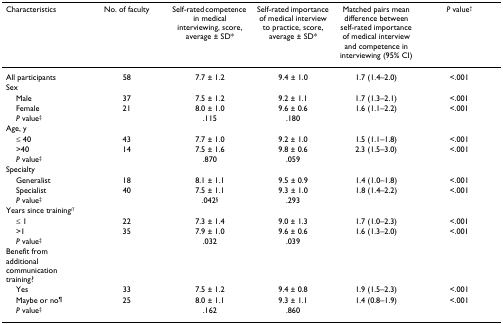
<table><thead><tr><td><b>Characteristics</b></td><td><b>No. of faculty</b></td><td><b>Self-rated competence in medical interviewing, score, average ± SD*</b></td><td><b>Self-rated importance of medical interview to practice, score, average ± SD*</b></td><td><b>Matched pairs mean difference between self-rated importance of medical interview and competence in interviewing (95% CI)</b></td><td><b><i>P </i>value<sup>†</sup></b></td></tr></thead><tbody><tr><td>All participants</td><td>58</td><td>7.7 ± 1.2</td><td>9.4 ± 1.0</td><td>1.7 (1.4–2.0)</td><td>&lt;.001</td></tr><tr><td>Sex</td><td></td><td></td><td></td><td></td><td></td></tr><tr><td> Male</td><td>37</td><td>7.5 ± 1.2</td><td>9.2 ± 1.1</td><td>1.7 (1.3–2.1)</td><td>&lt;.001</td></tr><tr><td> Female</td><td>21</td><td>8.0 ± 1.0</td><td>9.6 ± 0.6</td><td>1.6 (1.1–2.2)</td><td>&lt;.001</td></tr><tr><td> <i>P </i>value<sup>‡</sup></td><td></td><td>.115</td><td>.180</td><td></td><td></td></tr><tr><td>Age, y</td><td></td><td></td><td></td><td></td><td></td></tr><tr><td> ≤ 40</td><td>43</td><td>7.7 ± 1.0</td><td>9.2 ± 1.0</td><td>1.5 (1.1–1.8)</td><td>&lt;.001</td></tr><tr><td> &gt;40</td><td>14</td><td>7.5 ± 1.6</td><td>9.8 ± 0.6</td><td>2.3 (1.5–3.0)</td><td>&lt;.001</td></tr><tr><td> <i>P </i>value<sup>‡</sup></td><td></td><td>.870</td><td>.059</td><td></td><td></td></tr><tr><td>Specialty</td><td></td><td></td><td></td><td></td><td></td></tr><tr><td> Generalist</td><td>18</td><td>8.1 ± 1.1</td><td>9.5 ± 0.9</td><td>1.4 (1.0–1.8)</td><td>&lt;.001</td></tr><tr><td> Specialist</td><td>40</td><td>7.5 ± 1.1</td><td>9.3 ± 1.0</td><td>1.8 (1.4–2.2)</td><td>&lt;.001</td></tr><tr><td> <i>P </i>value<sup>‡</sup></td><td></td><td>.042<sup>§</sup></td><td>.293</td><td></td><td></td></tr><tr><td>Years since training<sup>//</sup></td><td></td><td></td><td></td><td></td><td></td></tr><tr><td> ≤ 1</td><td>22</td><td>7.3 ± 1.4</td><td>9.0 ± 1.3</td><td>1.7 (1.0–2.3)</td><td>&lt;.001</td></tr><tr><td> &gt;1</td><td>35</td><td>7.9 ± 1.0</td><td>9.6 ± 0.6</td><td>1.6 (1.3–2.0)</td><td>&lt;.001</td></tr><tr><td> <i>P </i>value<sup>‡</sup></td><td></td><td>.032</td><td>.039</td><td></td><td></td></tr><tr><td>Benefit from additional communication training?</td><td></td><td></td><td></td><td></td><td></td></tr><tr><td> Yes</td><td>33</td><td>7.5 ± 1.2</td><td>9.4 ± 0.8</td><td>1.9 (1.5–2.3)</td><td>&lt;.001</td></tr><tr><td> Maybe or no<sup>¶</sup></td><td>25</td><td>8.0 ± 1.1</td><td>9.3 ± 1.1</td><td>1.4 (0.8–1.9)</td><td>&lt;.001</td></tr><tr><td> <i>P </i>value<sup>‡</sup></td><td></td><td>.162</td><td>.860</td><td></td><td></td></tr></tbody></table>